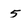
Character: 5